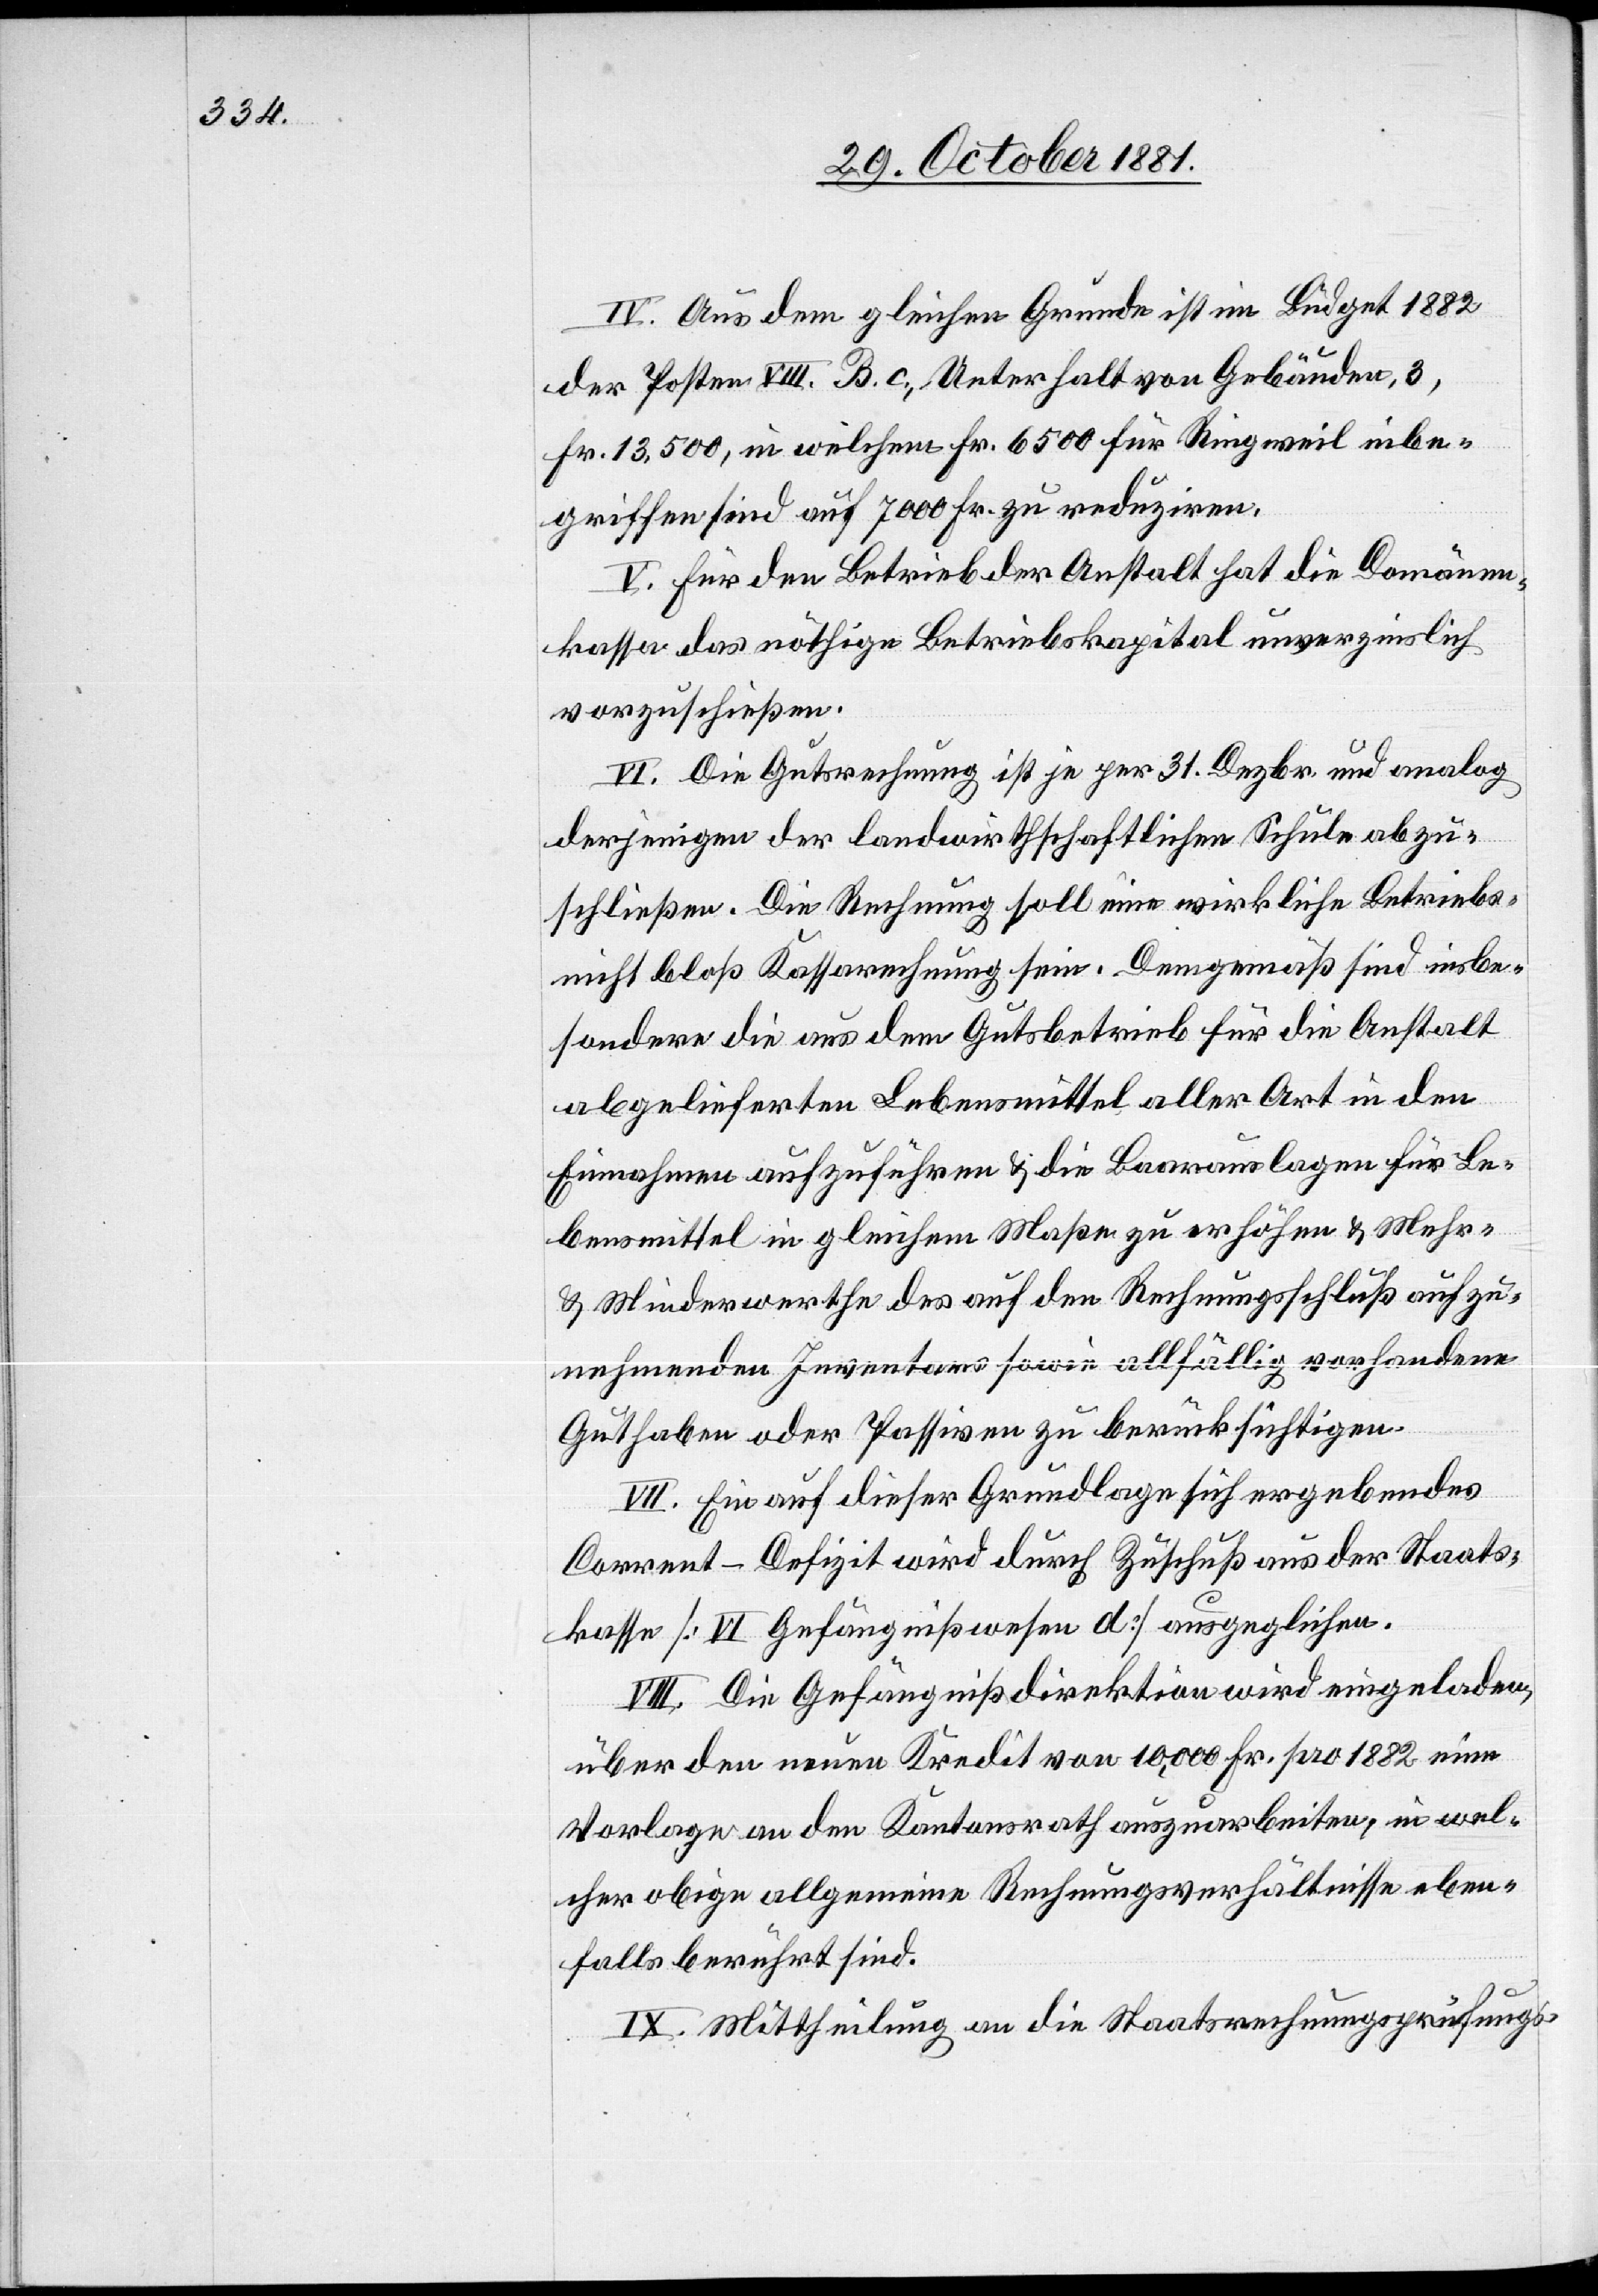
IV. Aus dem gleichen Grunde ist im Büdget 1882
der Posten VIII.B. c., Unterhalt von Gebäuden, 3,
Fr. 13,500, in welchem Fr. 6500 für Ringweil inbe¬
griffen sind auf 7000 Fr. zu reduziren.
V. Für den Betrieb der Anstalt hat die Domänen¬
kasse das nöthige Betriebskapital unverzinslich
vorzuschießen.
VI. Die Gutsrechnung ist je per 31. Dezbr. und analog
derjenigen der landwirthschaftlichen Schule abzu¬
schließen. Die Rechnung soll eine wirkliche Betriebs-
nicht bloß Kassarechnung sein. Demgemäß sind insbe¬
sondere die aus dem Gutsbetrieb für die Anstalt
abgelieferten Lebensmittel aller Art in den
Einnahmen aufzuführen & die Baarauslagen für Le¬
bensmittel in gleichem Maße zu erhöhen & Mehr-
& Minderwerthe des auf den Rechnungsschluß aufzu¬
nehmenden Inventars sowie allfällig vorhandene
Guthaben oder Passiven zu berücksichtigen.
VII. Ein auf dieser Grundlage sich ergebendes
Corrent-Defizit wird durch Zuschuß aus der Staats¬
kasse [VI Gefängnißwesen d] ausgeglichen.
VIII. Die Gefängnißdirektion wird eingeladen,
über den neuen Kredit von 10,000 Fr. pro 1882 eine
Vorlage an den Kantonsrath auszuarbeiten, in wel¬
cher obige allgemeine Rechnungsverhältnisse eben¬
falls berührt sind.
IX. Mittheilung an die Staatsrechnungsprüfungs-